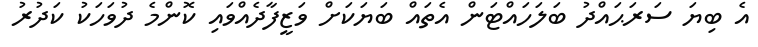
އެ ބިޔަ ސަރަޙައްދު ބަލަހައްޓަން އެތައް ބަޔަކަށް ވަޒީފާދެއްވައި ކޮންމެ ދުވަހަކު ކަދުރު